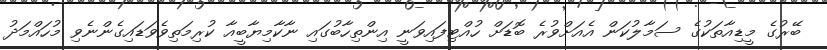
ބޭރުގެ މީޑިއާތަކުގެ ސަމާލުކަން އެއަށްވުރެ ބޮޑަށް ހުއްޓިފައިވަނީ އިންތިހާބުގައި ނާކާމިޔާބީއާ ކުރިމަތިވެވަޑައިގެންނެވި މުހައްމަދު